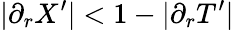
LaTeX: |\partial_{r}X^{\prime}|<1-|\partial_{r}T^{\prime}|